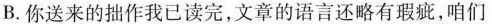
B.你送来的拙作我已读完，文章的语言还略有瑕疵，咱们